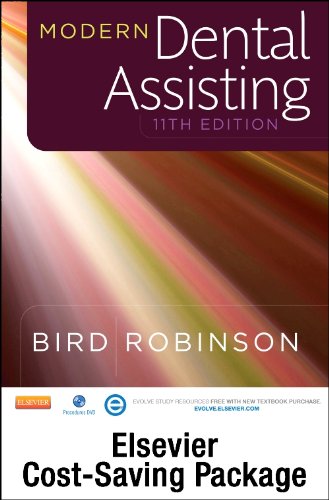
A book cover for Modern Dental Assisting - Text, Workbook, and Boyd: Dental Instruments, 5e Package, 11e; Doni L. Bird CDA  RDA  RDH  MA; Medical Books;